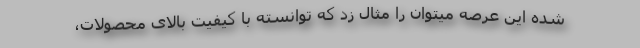
شده این عرصه میتوان را مثال زد که توانسته با کیفیت بالای محصولات،